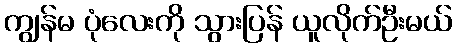
ကျွန်မ ပုံလေးကို သွားပြန် ယူလိုက်ဦးမယ်